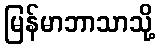
မြန်မာဘာသာသို့